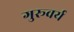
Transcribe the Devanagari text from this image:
गुरूवर्य